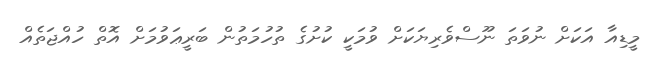
މީޑިއާ އަކަށް ނުވަތަ ނޫސްވެރިޔަކަށް ވުމަކީ ކުށުގެ ތުހުމަތުން ބަރީޢަވުމަށް އޮތް ހުއްޖަތެއް